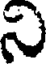
ని